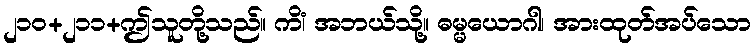
၂၁၀+၂၁၁+ဤသူတို့သည်။ ကိံ၊ အဘယ်သို့။ ဓမ္မယောဂါ၊ အားထုတ်အပ်သော